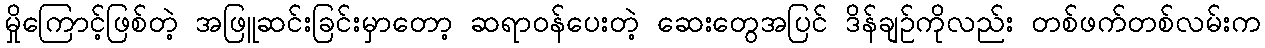
မှိုကြောင့်ဖြစ်တဲ့ အဖြူဆင်းခြင်းမှာတော့ ဆရာဝန်ပေးတဲ့ ဆေးတွေအပြင် ဒိန်ချဉ်ကိုလည်း တစ်ဖက်တစ်လမ်းက